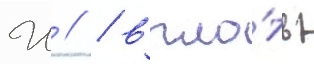
Ш // / впло́ть